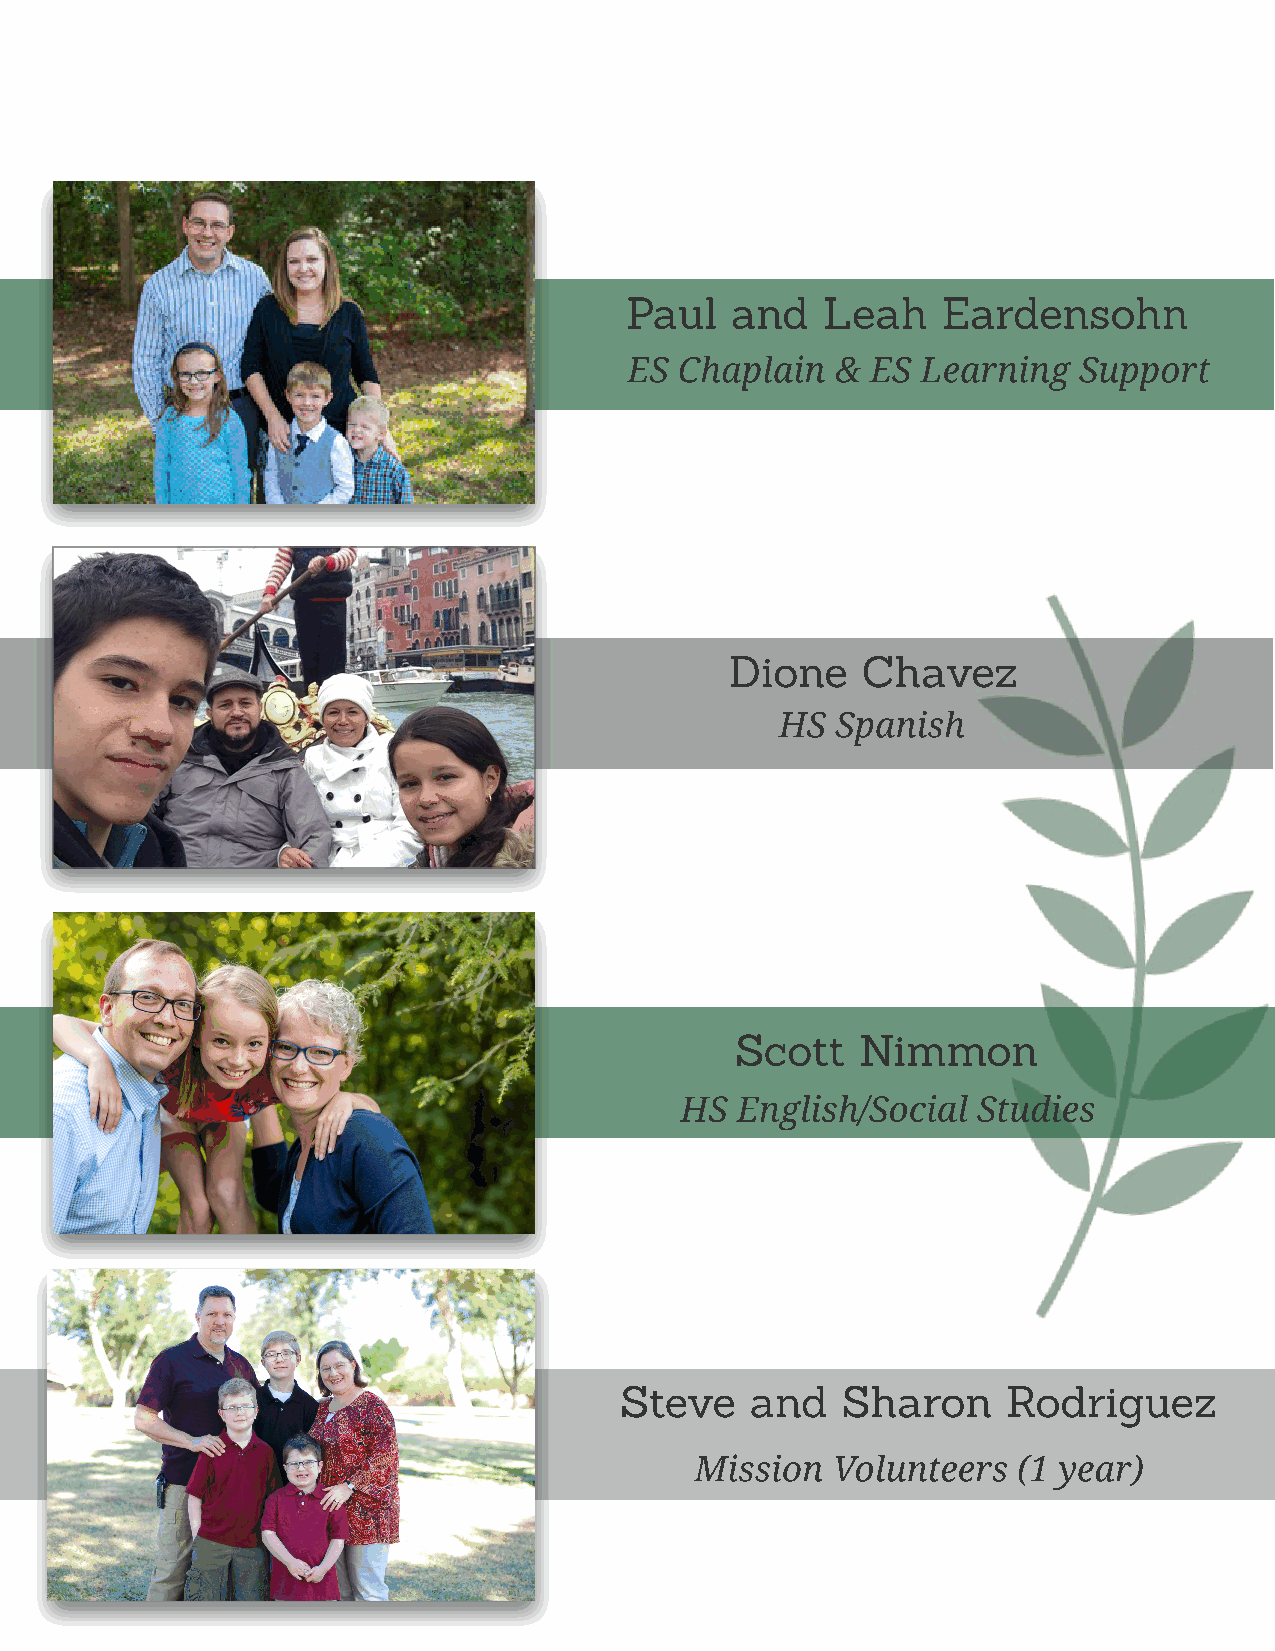
Paul   and   Leah    Eardensohn
 ES Chaplain  &  ES Learning  Support
 Dione    Chavez
 HS Spanish
 Scott   Nimmon
 HS  English/Social  Studies
 Steve    and   Sharon     Rodriguez
 Mission  Volunteers  (1 year)